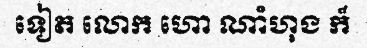
ទៀត លោក ហោ ណាំហុង ក៏